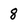
Character: 8